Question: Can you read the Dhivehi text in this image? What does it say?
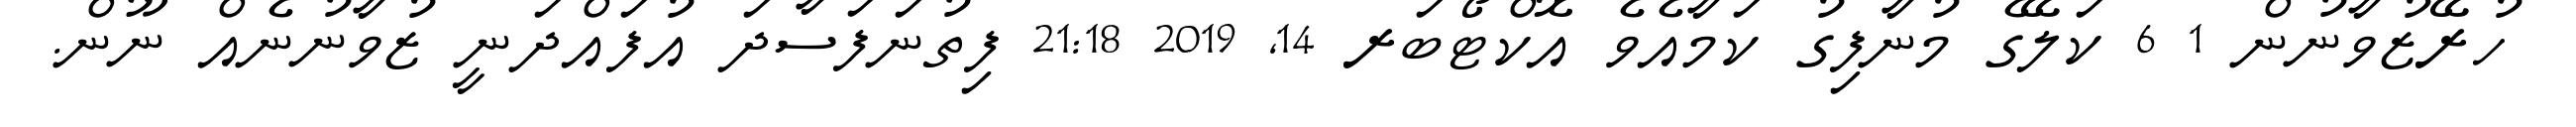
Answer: ހުރޭޒުވާނުން 1 6 ކަލޭގެ މުނާފިގު ކަމާއެވެ އޮކްޓޯބަރ 14, 2019 21:18 ފިތުނަފަސާދަ އުފައްދަނީ ޒުވާނުނެއް ނޫން.